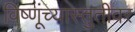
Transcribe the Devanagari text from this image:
विष्णूंच्यास्तुतीवर